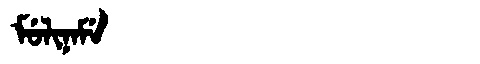
Manchu: ᠮᡠᠯᡳᠨᠠᠮᡝ
Romanization: MULINAME